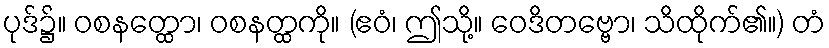
ပုဒ်၌။ ဝစနတ္ထော၊ ဝစနတ္ထကို။ (ဧဝံ၊ ဤသို့။ ဝေဒိတဗ္ဗော၊ သိထိုက်၏။) တံ